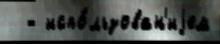
  - испо́льзован'иjем